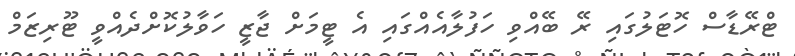
ޓްރޭޑާސް ހޮޓަލުގައި ރޭ ބޭއްވި ހަފުލާއެއްގައި އެ ޓީމަށް ޖާޒީ ހަވާލުކޮށްދެއްވީ ޓޫރިޒަމް